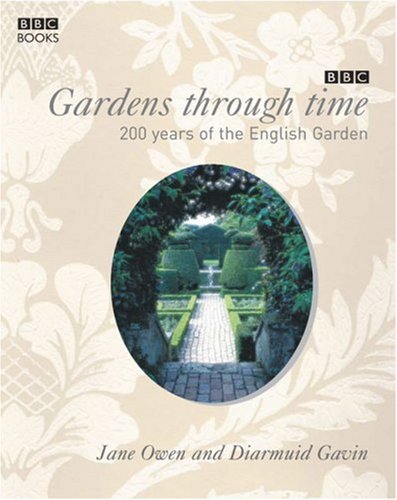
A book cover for Gardens Through Time: Celebrate 200 Years of Gardening with the Royal Horticultural Society; Jane Owen; Crafts, Hobbies & Home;